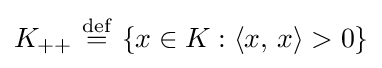
K_{++}\ {\stackrel {\mathrm {def} }{=}}\ \{x\in K:\langle x,\,x\rangle >0\}